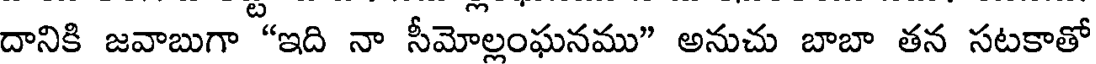
దానికి జవాబుగా "ఇది నా సీమోల్లంఘనము" అనుచు బాబా తన సటకాతో